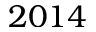
2 0 1 4